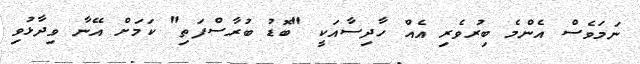
ނަމަވެސް އެންމެ ބިރުވެރި އެއް ހާދިސާއަކީ "ބޮޑު ބުރާސްފަތި" ކަމަށް އޭނާ ވިދާޅުވި